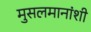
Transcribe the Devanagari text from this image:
मुसलमानांशी